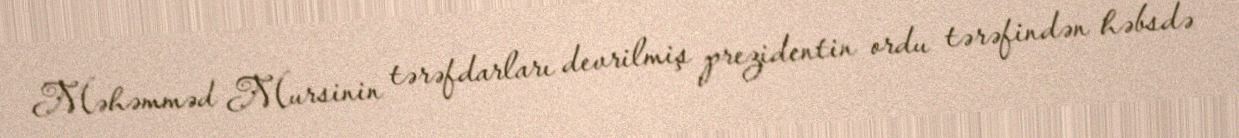
Məhəmməd Mursinin tərəfdarları devrilmiş prezidentin ordu tərəfindən həbsdə